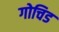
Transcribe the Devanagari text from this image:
गोचिड